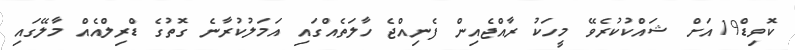
ކޮވިޑް19އަށް ޝައްކުކުރެވޭ މީހަކު ރާއްޖެއިން ފެނިއްޖެ ހާލަތެއްގައި އަމަލުކުރާނެ ގޮތުގެ ޑްރިލްއެއް މާލޭގައި